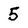
Character: 5